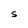
Character: S